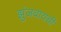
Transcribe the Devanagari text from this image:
झुंजवायची